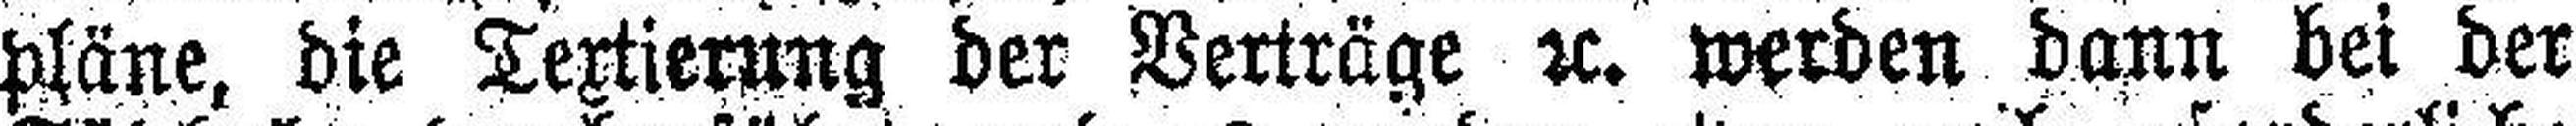
pläne, die Textierung der Verträge rc. werden dann bei der